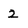
Character: 2